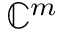
\mathbb { C } ^ { m }